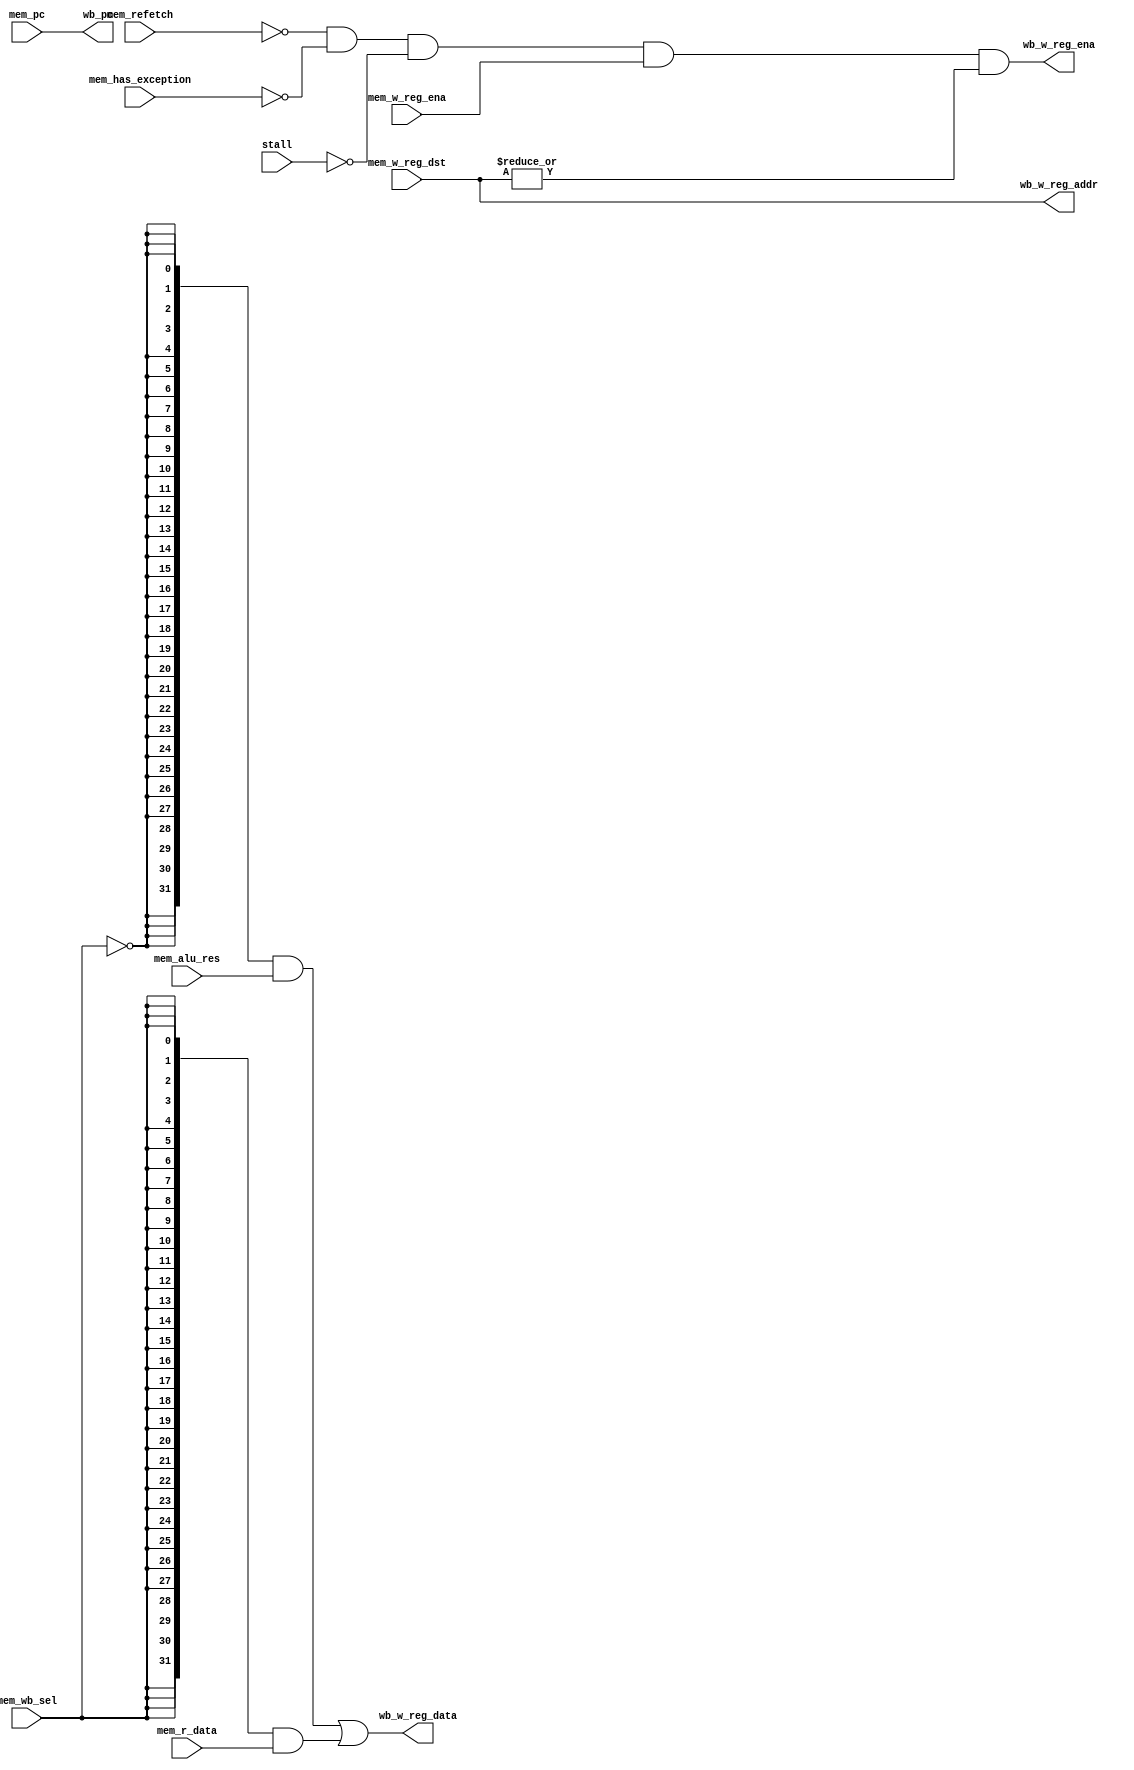
`timescale 1ns / 1ps

module wbu (
    input   wire        stall,
    input   wire        mem_has_exception,
    input   wire        mem_refetch,
    input   wire [31:0] mem_pc,
    input   wire [31:0] mem_alu_res,
    input   wire        mem_w_reg_ena,
    input   wire [4 :0] mem_w_reg_dst,
    input   wire [31:0] mem_r_data,
    input   wire        mem_wb_sel,
    output  wire [31:0] wb_pc,
    output  wire        wb_w_reg_ena,
    output  wire [4 :0] wb_w_reg_addr,
    output  wire [31:0] wb_w_reg_data
);
    assign wb_pc            = mem_pc;
    assign wb_w_reg_ena     = 
            ~mem_refetch        &
            ~mem_has_exception  &
            ~stall              &
            mem_w_reg_ena       &
            (|mem_w_reg_dst);
    assign wb_w_reg_addr    = mem_w_reg_dst;
    assign wb_w_reg_data    = 
            ({32{~mem_wb_sel}} & mem_alu_res) | 
            ({32{ mem_wb_sel}} & mem_r_data);
endmodule